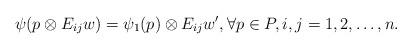
LaTeX: \begin{align*} \psi(p\otimes E_{ij}w)=\psi_1(p)\otimes E_{ij}w',\forall p\in P, i,j=1,2,\ldots,n.\end{align*}